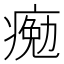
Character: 𤸩